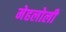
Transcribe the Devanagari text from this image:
मेहलोली